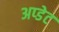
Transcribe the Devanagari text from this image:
अप्डेट